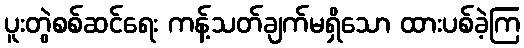
ပူးတွဲစစ်ဆင်ရေး ကန့်သတ်ချက်မရှိသော ထားပစ်ခဲ့ကြ